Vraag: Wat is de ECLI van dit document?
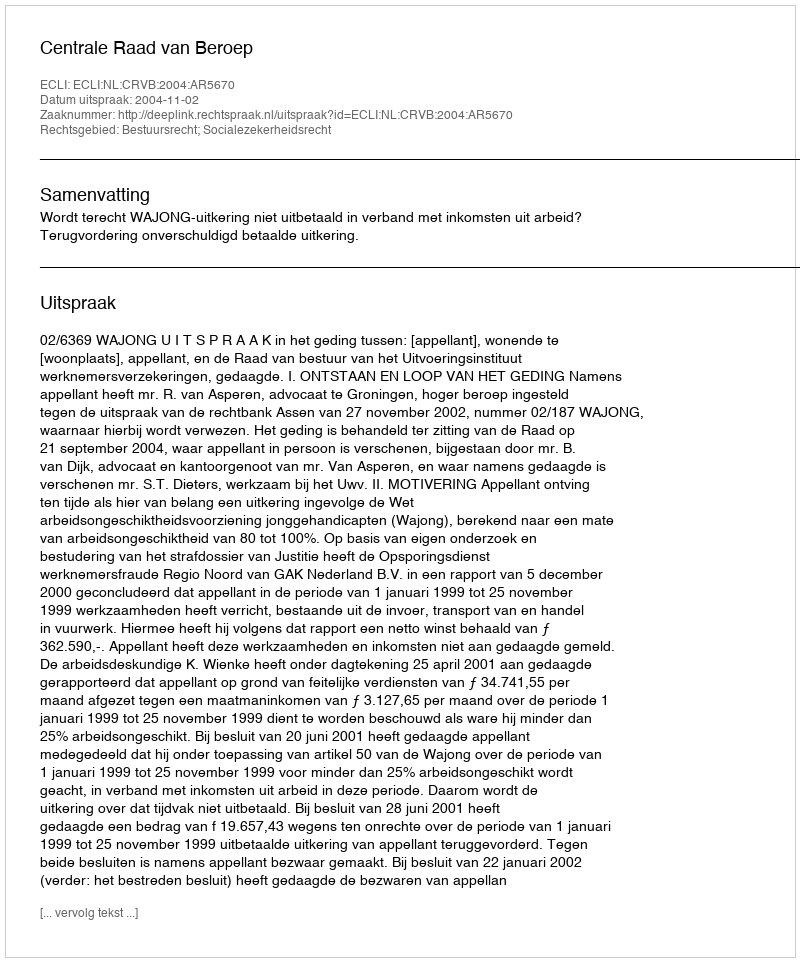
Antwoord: ECLI:NL:CRVB:2004:AR5670